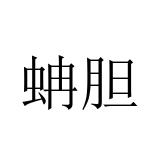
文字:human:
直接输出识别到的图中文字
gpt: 蚺胆